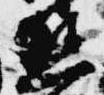
態